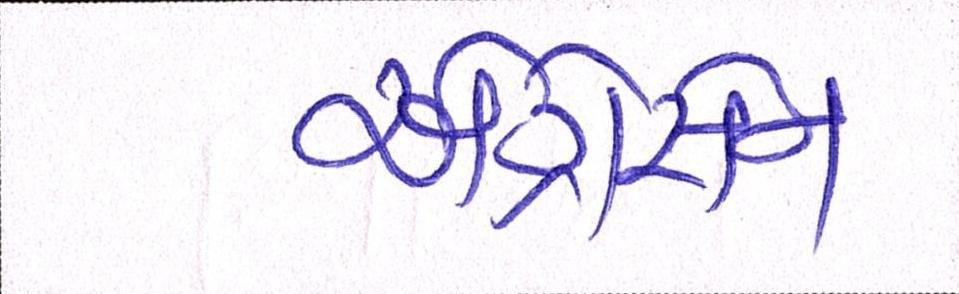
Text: અગ્રેસેન